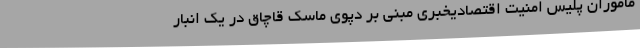
ماموران پلیس امنیت اقتصادیخبری مبنی بر دپوی ماسک قاچاق در یک انبار